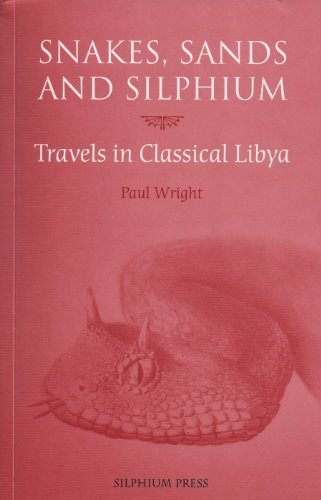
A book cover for Snakes, Sands and Silphium: Travels in Classical Libya (Silphium Press Travel Writing) by Wright, Paul (2011) Paperback; Travel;